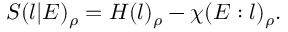
S ( l | E ) _ { \rho } = H ( l ) _ { \rho } - \chi ( E : l ) _ { \rho } .